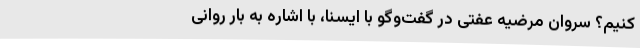
کنیم؟ سروان مرضیه عفتی در گفت‌وگو با ایسنا، با اشاره به بار روانی